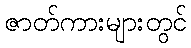
ဇာတ်ကားများတွင်